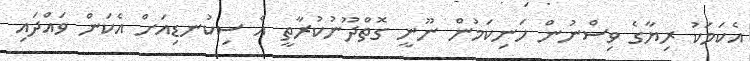
އެކަމަކު ރިޔާގެ ވިސްނުން ހަނިކަމުން ނޫނީ ގޮތްދޫނުކުރާތީ އެ ސިކުނޑިއަށް އެކަން ވައްދައި